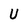
Character: U